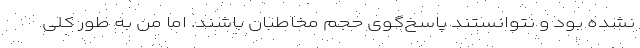
نشده بود و نتوانستند پاسخ‌گوی حجم مخاطبان باشند. اما من به طور کلی